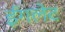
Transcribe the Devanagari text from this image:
ईगलेट